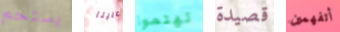
يستحم علينا تهتموا قصيدة أتفهمين